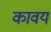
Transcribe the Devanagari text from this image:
कावयं